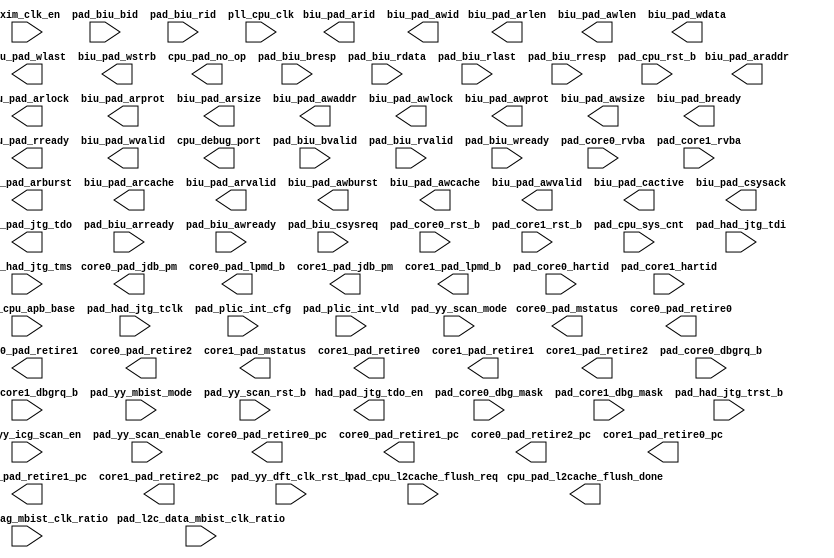
/*Copyright 2019-2021 T-Head Semiconductor Co., Ltd.

Licensed under the Apache License, Version 2.0 (the "License");
you may not use this file except in compliance with the License.
You may obtain a copy of the License at

    http://www.apache.org/licenses/LICENSE-2.0

Unless required by applicable law or agreed to in writing, software
distributed under the License is distributed on an "AS IS" BASIS,
WITHOUT WARRANTIES OR CONDITIONS OF ANY KIND, either express or implied.
See the License for the specific language governing permissions and
limitations under the License.
*/
module mp_top_golden_port(
  axim_clk_en,
  biu_pad_araddr,
  biu_pad_arburst,
  biu_pad_arcache,
  biu_pad_arid,
  biu_pad_arlen,
  biu_pad_arlock,
  biu_pad_arprot,
  biu_pad_arsize,
  biu_pad_arvalid,
  biu_pad_awaddr,
  biu_pad_awburst,
  biu_pad_awcache,
  biu_pad_awid,
  biu_pad_awlen,
  biu_pad_awlock,
  biu_pad_awprot,
  biu_pad_awsize,
  biu_pad_awvalid,
  biu_pad_bready,
  biu_pad_cactive,
  biu_pad_csysack,
  biu_pad_rready,
  biu_pad_wdata,
  biu_pad_wlast,
  biu_pad_wstrb,
  biu_pad_wvalid,
  core0_pad_jdb_pm,
  core0_pad_lpmd_b,
  core0_pad_mstatus,
  core0_pad_retire0,
  core0_pad_retire0_pc,
  core0_pad_retire1,
  core0_pad_retire1_pc,
  core0_pad_retire2,
  core0_pad_retire2_pc,
  core1_pad_jdb_pm,
  core1_pad_lpmd_b,
  core1_pad_mstatus,
  core1_pad_retire0,
  core1_pad_retire0_pc,
  core1_pad_retire1,
  core1_pad_retire1_pc,
  core1_pad_retire2,
  core1_pad_retire2_pc,
  cpu_debug_port,
  cpu_pad_l2cache_flush_done,
  cpu_pad_no_op,
  had_pad_jtg_tdo,
  had_pad_jtg_tdo_en,
  pad_biu_arready,
  pad_biu_awready,
  pad_biu_bid,
  pad_biu_bresp,
  pad_biu_bvalid,
  pad_biu_csysreq,
  pad_biu_rdata,
  pad_biu_rid,
  pad_biu_rlast,
  pad_biu_rresp,
  pad_biu_rvalid,
  pad_biu_wready,
  pad_core0_dbg_mask,
  pad_core0_dbgrq_b,
  pad_core0_hartid,
  pad_core0_rst_b,
  pad_core0_rvba,
  pad_core1_dbg_mask,
  pad_core1_dbgrq_b,
  pad_core1_hartid,
  pad_core1_rst_b,
  pad_core1_rvba,
  pad_cpu_apb_base,
  pad_cpu_l2cache_flush_req,
  pad_cpu_rst_b,
  pad_cpu_sys_cnt,
  pad_had_jtg_tclk,
  pad_had_jtg_tdi,
  pad_had_jtg_tms,
  pad_had_jtg_trst_b,
  pad_l2c_data_mbist_clk_ratio,
  pad_l2c_tag_mbist_clk_ratio,
  pad_plic_int_cfg,
  pad_plic_int_vld,
  pad_yy_dft_clk_rst_b,
  pad_yy_icg_scan_en,
  pad_yy_mbist_mode,
  pad_yy_scan_enable,
  pad_yy_scan_mode,
  pad_yy_scan_rst_b,
  pll_cpu_clk
);

// &Ports; @3
input            axim_clk_en; 
input            pad_biu_arready; 
input            pad_biu_awready; 
input   [7  :0]  pad_biu_bid; 
input   [1  :0]  pad_biu_bresp; 
input            pad_biu_bvalid; 
input            pad_biu_csysreq; 
input   [127:0]  pad_biu_rdata; 
input   [7  :0]  pad_biu_rid; 
input            pad_biu_rlast; 
input   [1  :0]  pad_biu_rresp; 
input            pad_biu_rvalid; 
input            pad_biu_wready; 
input            pad_core0_dbg_mask; 
input            pad_core0_dbgrq_b; 
input   [2  :0]  pad_core0_hartid; 
input            pad_core0_rst_b; 
input   [39 :0]  pad_core0_rvba; 
input            pad_core1_dbg_mask; 
input            pad_core1_dbgrq_b; 
input   [2  :0]  pad_core1_hartid; 
input            pad_core1_rst_b; 
input   [39 :0]  pad_core1_rvba; 
input   [39 :0]  pad_cpu_apb_base; 
input            pad_cpu_l2cache_flush_req; 
input            pad_cpu_rst_b; 
input   [63 :0]  pad_cpu_sys_cnt; 
input            pad_had_jtg_tclk; 
input            pad_had_jtg_tdi; 
input            pad_had_jtg_tms; 
input            pad_had_jtg_trst_b; 
input   [2  :0]  pad_l2c_data_mbist_clk_ratio; 
input   [2  :0]  pad_l2c_tag_mbist_clk_ratio; 
input   [143:0]  pad_plic_int_cfg; 
input   [143:0]  pad_plic_int_vld; 
input            pad_yy_dft_clk_rst_b; 
input            pad_yy_icg_scan_en; 
input            pad_yy_mbist_mode; 
input            pad_yy_scan_enable; 
input            pad_yy_scan_mode; 
input            pad_yy_scan_rst_b; 
input            pll_cpu_clk; 
output  [39 :0]  biu_pad_araddr; 
output  [1  :0]  biu_pad_arburst; 
output  [3  :0]  biu_pad_arcache; 
output  [7  :0]  biu_pad_arid; 
output  [7  :0]  biu_pad_arlen; 
output           biu_pad_arlock; 
output  [2  :0]  biu_pad_arprot; 
output  [2  :0]  biu_pad_arsize; 
output           biu_pad_arvalid; 
output  [39 :0]  biu_pad_awaddr; 
output  [1  :0]  biu_pad_awburst; 
output  [3  :0]  biu_pad_awcache; 
output  [7  :0]  biu_pad_awid; 
output  [7  :0]  biu_pad_awlen; 
output           biu_pad_awlock; 
output  [2  :0]  biu_pad_awprot; 
output  [2  :0]  biu_pad_awsize; 
output           biu_pad_awvalid; 
output           biu_pad_bready; 
output           biu_pad_cactive; 
output           biu_pad_csysack; 
output           biu_pad_rready; 
output  [127:0]  biu_pad_wdata; 
output           biu_pad_wlast; 
output  [15 :0]  biu_pad_wstrb; 
output           biu_pad_wvalid; 
output  [1  :0]  core0_pad_jdb_pm; 
output  [1  :0]  core0_pad_lpmd_b; 
output  [63 :0]  core0_pad_mstatus; 
output           core0_pad_retire0; 
output  [39 :0]  core0_pad_retire0_pc; 
output           core0_pad_retire1; 
output  [39 :0]  core0_pad_retire1_pc; 
output           core0_pad_retire2; 
output  [39 :0]  core0_pad_retire2_pc; 
output  [1  :0]  core1_pad_jdb_pm; 
output  [1  :0]  core1_pad_lpmd_b; 
output  [63 :0]  core1_pad_mstatus; 
output           core1_pad_retire0; 
output  [39 :0]  core1_pad_retire0_pc; 
output           core1_pad_retire1; 
output  [39 :0]  core1_pad_retire1_pc; 
output           core1_pad_retire2; 
output  [39 :0]  core1_pad_retire2_pc; 
output           cpu_debug_port; 
output           cpu_pad_l2cache_flush_done; 
output           cpu_pad_no_op; 
output           had_pad_jtg_tdo; 
output           had_pad_jtg_tdo_en; 


// &Force("input","pll_cpu_clk");                 @5
// &Force("input","axim_clk_en");                     @6
// &Force("input","pad_cpu_rst_b");                   @7
// &Force("input","pad_cpu_apb_base");                 &Force("bus","pad_cpu_apb_base",39,0); @8
// &Force("input","pad_cpu_sys_cnt");                  &Force("bus","pad_cpu_sys_cnt",63,0);             @9
// &Force("input", "pad_cpu_l2cache_flush_req"); @10
// &Force("output","cpu_pad_l2cache_flush_done"); @11

//AXI master IF
// &Force("input","pad_biu_arready");                 @14
// &Force("input","pad_biu_awready");                 @15
// &Force("input","pad_biu_bid");                      &Force("bus","pad_biu_bid",7,0); @16
// &Force("input","pad_biu_bresp");                    &Force("bus","pad_biu_bresp", 1,0); @17
// &Force("input","pad_biu_bvalid");                  @18
// &Force("input","pad_biu_csysreq");                 @19
// &Force("input","pad_biu_rdata");                    &Force("bus","pad_biu_rdata",127,0);                  @20
// &Force("input","pad_biu_rid");                      &Force("bus","pad_biu_rid",7,0);                  @21
// &Force("input","pad_biu_rlast");                                      @22
// &Force("input","pad_biu_rvalid");                  @23
// &Force("input","pad_biu_wready"); @24

// &Force("output", "biu_pad_araddr");                 &Force("bus","biu_pad_araddr",39,0);             @26
// &Force("output", "biu_pad_arburst");                &Force("bus","biu_pad_arburst",1,0);             @27
// &Force("output", "biu_pad_arcache");                &Force("bus","biu_pad_arcache",3,0); @28
// &Force("output", "biu_pad_arid");                   &Force("bus","biu_pad_arid",7,0); @29
// &Force("output", "biu_pad_arlen");                  &Force("bus","biu_pad_arlen",7,0); @30
// &Force("output", "biu_pad_arlock");                  @31
// &Force("output", "biu_pad_arprot");                 &Force("bus","biu_pad_arprot",2,0); @32
// &Force("output", "biu_pad_arsize");                 &Force("bus","biu_pad_arsize",2,0); @33
// &Force("output", "biu_pad_arvalid");                 @34
// &Force("output", "biu_pad_awaddr");                 &Force("bus","biu_pad_awaddr",39,0); @35
// &Force("output", "biu_pad_awburst");                &Force("bus","biu_pad_awburst",1,0); @36
// &Force("output", "biu_pad_awcache");                &Force("bus","biu_pad_awcache",3,0); @37
// &Force("output", "biu_pad_awid");                   &Force("bus","biu_pad_awid",7,0); @38
// &Force("output", "biu_pad_awlen");                  &Force("bus","biu_pad_awlen",7,0); @39
// &Force("output", "biu_pad_awlock");                  @40
// &Force("output", "biu_pad_awprot");                 &Force("bus","biu_pad_awprot",2,0); @41
// &Force("output", "biu_pad_awsize");                 &Force("bus","biu_pad_awsize",2,0); @42
// &Force("output", "biu_pad_awvalid");                 @43
// &Force("output", "biu_pad_bready");                  @44
// &Force("output", "biu_pad_cactive");                 @45
// &Force("output", "biu_pad_csysack");                 @46
// &Force("output", "biu_pad_rready");                  @47
// &Force("output", "biu_pad_wdata");                  &Force("bus","biu_pad_wdata",127,0); @48
// &Force("output", "biu_pad_wlast");                   @49
// &Force("output", "biu_pad_wstrb");                  &Force("bus","biu_pad_wstrb",15,0); @50
// &Force("output", "biu_pad_wvalid");                  @51
// &Force("input","pad_biu_rresp");                    &Force("bus","pad_biu_rresp",3,0);                  @53
// &Force("input", "pad_biu_acaddr");                  &Force("bus","pad_biu_acaddr",39,0); @54
// &Force("input", "pad_biu_acprot");                  &Force("bus","pad_biu_acprot",2,0); @55
// &Force("input", "pad_biu_acsnoop");                 &Force("bus","pad_biu_acsnoop",3,0); @56
// &Force("input", "pad_biu_acvalid"); @57
// &Force("input", "pad_biu_cdready"); @58
// &Force("input", "pad_biu_crready"); @59
// &Force("output", "biu_pad_acready"); @60
// &Force("output", "biu_pad_arbar");       &Force("bus","biu_pad_arbar",1,0); @61
// &Force("output", "biu_pad_ardomain");   &Force("bus","biu_pad_ardomain",1,0); @62
// &Force("output", "biu_pad_arsnoop");    &Force("bus","biu_pad_arsnoop",3,0); @63
// &Force("output", "biu_pad_awbar");      &Force("bus","biu_pad_awbar",1,0); @64
// &Force("output", "biu_pad_awdomain");   &Force("bus","biu_pad_awdomain",1,0); @65
// &Force("output", "biu_pad_awsnoop");    &Force("bus","biu_pad_awsnoop",2,0); @66
// &Force("output", "biu_pad_back"); @67
// &Force("output", "biu_pad_cddata");      &Force("bus","biu_pad_cddata",127,0); @68
// &Force("output", "biu_pad_cdlast");  @69
// &Force("output", "biu_pad_cdvalid");  @70
// &Force("output", "biu_pad_crresp");      &Force("bus","biu_pad_crresp",4,0); @71
// &Force("output", "biu_pad_crvalid"); @72
// &Force("output", "biu_pad_rack"); @73
// &Force("input","pad_biu_rresp");                    &Force("bus","pad_biu_rresp",1,0);                  @75
// &Force("input", "pad_biu_acaddr");                  &Force("bus","pad_biu_acaddr",39,0); @77
// &Force("input", "pad_biu_acprot");                  &Force("bus","pad_biu_acprot",2,0); @78
// &Force("input", "pad_biu_acsnoop");                 &Force("bus","pad_biu_acsnoop",3,0); @79
// &Force("input", "pad_biu_acvalid"); @80
// &Force("input", "pad_biu_cdready"); @81
// &Force("input", "pad_biu_crready"); @82
// &Force("output", "biu_pad_acready"); @83
// &Force("output", "biu_pad_arbar");       &Force("bus","biu_pad_arbar",1,0); @84
// &Force("output", "biu_pad_ardomain");   &Force("bus","biu_pad_ardomain",1,0); @85
// &Force("output", "biu_pad_arsnoop");    &Force("bus","biu_pad_arsnoop",3,0); @86
// &Force("output", "biu_pad_awbar");      &Force("bus","biu_pad_awbar",1,0); @87
// &Force("output", "biu_pad_awdomain");   &Force("bus","biu_pad_awdomain",1,0); @88
// &Force("output", "biu_pad_awsnoop");    &Force("bus","biu_pad_awsnoop",2,0); @89
// &Force("output", "biu_pad_back"); @90
// &Force("output", "biu_pad_cddata");      &Force("bus","biu_pad_cddata",127,0); @91
// &Force("output", "biu_pad_cdlast");  @92
// &Force("output", "biu_pad_cdvalid");  @93
// &Force("output", "biu_pad_crresp");      &Force("bus","biu_pad_crresp",4,0); @94
// &Force("output", "biu_pad_crvalid"); @95
// &Force("output", "biu_pad_rack"); @96
// &Force("input", "slvif_clk_en"); @101
// &Force("input", "pad_slvif_araddr");                 &Force("bus","pad_slvif_araddr",39,0); @102
// &Force("input", "pad_slvif_arburst");                &Force("bus","pad_slvif_arburst",1,0); @103
// &Force("input", "pad_slvif_arcache");                &Force("bus","pad_slvif_arcache",3,0); @104
// &Force("input", "pad_slvif_arid");                   &Force("bus","pad_slvif_arid",4,0); @105
// &Force("input", "pad_slvif_arlen");                  &Force("bus","pad_slvif_arlen",7,0); @106
// &Force("input", "pad_slvif_arlock"); @107
// &Force("input", "pad_slvif_arprot");                 &Force("bus","pad_slvif_arprot",2,0); @108
// &Force("input", "pad_slvif_arsize");                 &Force("bus","pad_slvif_arsize",2,0); @109
// &Force("input", "pad_slvif_arvalid"); @110
// &Force("input", "pad_slvif_awaddr");                 &Force("bus","pad_slvif_awaddr",39,0); @111
// &Force("input", "pad_slvif_awburst");                &Force("bus","pad_slvif_awburst",1,0); @112
// &Force("input", "pad_slvif_awcache");                &Force("bus","pad_slvif_awcache",3,0); @113
// &Force("input", "pad_slvif_awid");                   &Force("bus","pad_slvif_awid",4,0); @114
// &Force("input", "pad_slvif_awlen");                  &Force("bus","pad_slvif_awlen",7,0); @115
// &Force("input", "pad_slvif_awlock"); @116
// &Force("input", "pad_slvif_awprot");                 &Force("bus","pad_slvif_awprot",2,0); @117
// &Force("input", "pad_slvif_awsize");                 &Force("bus","pad_slvif_awsize",2,0); @118
// &Force("input", "pad_slvif_awvalid"); @119
// &Force("input", "pad_slvif_bready"); @120
// &Force("input", "pad_slvif_rready"); @121
// &Force("input", "pad_slvif_wdata");                  &Force("bus","pad_slvif_wdata",127,0); @122
// &Force("input", "pad_slvif_wlast"); @123
// &Force("input", "pad_slvif_wstrb");                  &Force("bus","pad_slvif_wstrb",15,0); @124
// &Force("input", "pad_slvif_wvalid"); @125
// &Force("output","slvif_pad_arready"); @127
// &Force("output","slvif_pad_awready"); @128
// &Force("output","slvif_pad_bid");                      &Force("bus","slvif_pad_bid",4,0); @129
// &Force("output","slvif_pad_bresp");                    &Force("bus","slvif_pad_bresp", 1,0); @130
// &Force("output","slvif_pad_bvalid"); @131
// &Force("output","slvif_pad_rdata");                    &Force("bus","slvif_pad_rdata",127,0); @132
// &Force("output","slvif_pad_rid");                      &Force("bus","slvif_pad_rid",4,0); @133
// &Force("output","slvif_pad_rlast"); @134
// &Force("output","slvif_pad_rresp");                    &Force("bus","slvif_pad_rresp",1,0); @135
// &Force("output","slvif_pad_rvalid"); @136
// &Force("output","slvif_pad_wready"); @137

//HAD
// &Force("input", "pad_had_jtg_tclk");                @141
// &Force("input", "pad_had_jtg_trst_b");              @142
// &Force("input", "pad_had_jtg_tdi");                 @143
// &Force("input", "pad_had_jtg_tms");               @144

// &Force("output", "had_pad_jtg_tdo");                 @146
// &Force("output", "had_pad_jtg_tdo_en");              @147

// &Force("input", "pad_cpu_tee_dbg_disable");  &Force("bus","pad_cpu_tee_dbg_disable",7,0); @150
// &Force("input", "pad_cpu_ree_dbg_disable");  &Force("bus","pad_cpu_ree_dbg_disable",7,0); @151

//mbist
// &Force("input", "pad_yy_mbist_mode");              @155
// &Force("input", "pad_yy_dft_clk_rst_b"); @156
// &Force("input", "pad_l2c_data_mbist_clk_ratio");    &Force("bus", "pad_l2c_data_mbist_clk_ratio",2,0); @157
// &Force("input", "pad_l2c_tag_mbist_clk_ratio");     &Force("bus", "pad_l2c_tag_mbist_clk_ratio",2,0); @158

//scan
// &Force("input", "pad_yy_icg_scan_en");            @161
// &Force("input", "pad_yy_scan_mode");                @162
// &Force("input", "pad_yy_scan_enable");                @163
// &Force("input", "pad_yy_scan_rst_b");                @164
// &Force("output", "cpu_pad_no_op");                   @165

// &Force("input","pad_plic_int_vld"); @168
// &Force("bus","pad_plic_int_vld",`PLIC_INT_NUM-1,0); @169
// &Force("input","pad_plic_int_cfg"); @170
// &Force("bus","pad_plic_int_cfg",`PLIC_INT_NUM-1,0); @171
// &Force("input","pad_cpu_mint_req"); @173
// &Force("bus","pad_cpu_mint_req",`HART_NUM-1,0); @174
// &Force("bus","pad_cpu_sint_req",`HART_NUM-1,0); @175
// &Force("input","pad_cpu_sint_req"); @176

// &Force("output", "cpu_debug_port");                   @180

// &Force("input", "pll_core0_clk"); @185
// &Force("input", "pad_core0_async_mode"); @186
// &Force("input", "pad_core0_dbgrq_b");               @188
// &Force("input", "pad_core0_rst_b");                 @191
// &Force("input", "pad_core0_rvba");                  &Force("bus","pad_core0_rvba",39,0); @192
// &Force("input", "pad_core0_hartid");                &Force("bus","pad_core0_hartid",2,0); @194
// &Force("input", "pad_core0_dbg_mask"); @195
// &Force("output", "core0_pad_jdb_pm");               &Force("bus","core0_pad_jdb_pm",1,0); @196
// &Force("output", "core0_pad_lpmd_b");               &Force("bus","core0_pad_lpmd_b",1,0); @197
// &Force("output", "core0_pad_retire0");               @198
// &Force("output", "core0_pad_retire0_pc");           &Force("bus","core0_pad_retire0_pc",39,0); @199
// &Force("output", "core0_pad_retire1");               @200
// &Force("output", "core0_pad_retire1_pc");           &Force("bus","core0_pad_retire1_pc",39,0); @201
// &Force("output", "core0_pad_retire2");               @202
// &Force("output", "core0_pad_retire2_pc");           &Force("bus","core0_pad_retire2_pc",39,0); @203
// &Force("output", "core0_pad_mstatus");              &Force("bus","core0_pad_mstatus",63,0); @204

// &Force("input", "pll_core1_clk"); @209
// &Force("input", "pad_core1_async_mode"); @210
// &Force("input", "pad_core1_dbgrq_b");               @212
// &Force("input", "pad_core1_rst_b");                 @215
// &Force("input", "pad_core1_rvba");                  &Force("bus","pad_core1_rvba",39,0); @216
// &Force("input", "pad_core1_hartid");                &Force("bus","pad_core1_hartid",2,0); @218
// &Force("input", "pad_core1_dbg_mask"); @219
// &Force("output", "core1_pad_jdb_pm");               &Force("bus","core1_pad_jdb_pm",1,0); @220
// &Force("output", "core1_pad_lpmd_b");               &Force("bus","core1_pad_lpmd_b",1,0); @221
// &Force("output", "core1_pad_retire0");               @222
// &Force("output", "core1_pad_retire0_pc");           &Force("bus","core1_pad_retire0_pc",39,0); @223
// &Force("output", "core1_pad_retire1");               @224
// &Force("output", "core1_pad_retire1_pc");           &Force("bus","core1_pad_retire1_pc",39,0); @225
// &Force("output", "core1_pad_retire2");               @226
// &Force("output", "core1_pad_retire2_pc");           &Force("bus","core1_pad_retire2_pc",39,0); @227
// &Force("output", "core1_pad_mstatus");              &Force("bus","core1_pad_mstatus",63,0); @228

// &Force("input", "pll_core2_clk"); @233
// &Force("input", "pad_core2_async_mode"); @234
// &Force("input", "pad_core2_dbgrq_b");               @236
// &Force("input", "pad_core2_rst_b");                 @239
// &Force("input", "pad_core2_rvba");                  &Force("bus","pad_core2_rvba",39,0); @240
// &Force("input", "pad_core2_hartid");                &Force("bus","pad_core2_hartid",2,0); @242
// &Force("input", "pad_core2_dbg_mask"); @243
// &Force("output", "core2_pad_jdb_pm");               &Force("bus","core2_pad_jdb_pm",1,0); @244
// &Force("output", "core2_pad_lpmd_b");               &Force("bus","core2_pad_lpmd_b",1,0); @245
// &Force("output", "core2_pad_retire0");               @246
// &Force("output", "core2_pad_retire0_pc");           &Force("bus","core2_pad_retire0_pc",39,0); @247
// &Force("output", "core2_pad_retire1");               @248
// &Force("output", "core2_pad_retire1_pc");           &Force("bus","core2_pad_retire1_pc",39,0); @249
// &Force("output", "core2_pad_retire2");               @250
// &Force("output", "core2_pad_retire2_pc");           &Force("bus","core2_pad_retire2_pc",39,0); @251
// &Force("output", "core2_pad_mstatus");              &Force("bus","core2_pad_mstatus",63,0); @252

// &Force("input", "pll_core3_clk"); @257
// &Force("input", "pad_core3_async_mode"); @258
// &Force("input", "pad_core3_dbgrq_b");               @260
// &Force("input", "pad_core3_rst_b");                 @263
// &Force("input", "pad_core3_rvba");                  &Force("bus","pad_core3_rvba",39,0); @264
// &Force("input", "pad_core3_hartid");                &Force("bus","pad_core3_hartid",2,0); @266
// &Force("input", "pad_core3_dbg_mask"); @267
// &Force("output", "core3_pad_jdb_pm");               &Force("bus","core3_pad_jdb_pm",1,0); @268
// &Force("output", "core3_pad_lpmd_b");               &Force("bus","core3_pad_lpmd_b",1,0); @269
// &Force("output", "core3_pad_retire0");               @270
// &Force("output", "core3_pad_retire0_pc");           &Force("bus","core3_pad_retire0_pc",39,0); @271
// &Force("output", "core3_pad_retire1");               @272
// &Force("output", "core3_pad_retire1_pc");           &Force("bus","core3_pad_retire1_pc",39,0); @273
// &Force("output", "core3_pad_retire2");               @274
// &Force("output", "core3_pad_retire2_pc");           &Force("bus","core3_pad_retire2_pc",39,0); @275
// &Force("output", "core3_pad_mstatus");              &Force("bus","core3_pad_mstatus",63,0); @276

// &Force("output","core0_pad_tee_violation"); @281
// &Force("output","core0_pad_par_violation"); &Force("bus","core0_pad_par_violation",4,0); @282
// &Force("output","core0_pad_tee_mode");    &Force("bus", "core0_pad_tee_mode", 7,0); @283
// &Force("output","core1_pad_tee_violation"); @286
// &Force("output","core1_pad_par_violation"); &Force("bus","core1_pad_par_violation",4,0); @287
// &Force("output","core1_pad_tee_mode");    &Force("bus", "core1_pad_tee_mode", 7,0); @288
// &Force("output","core2_pad_tee_violation"); @291
// &Force("output","core2_pad_par_violation"); &Force("bus","core2_pad_par_violation",4,0); @292
// &Force("output","core2_pad_tee_mode");    &Force("bus", "core2_pad_tee_mode", 7,0); @293
// &Force("output","core3_pad_tee_violation"); @296
// &Force("output","core3_pad_par_violation"); &Force("bus","core3_pad_par_violation",4,0); @297
// &Force("output","core3_pad_tee_mode");    &Force("bus", "core3_pad_tee_mode", 7,0); @298


// &Force("input","pad_cpu_mem_cfg_in");   &Force("bus","pad_cpu_mem_cfg_in",`MEM_CFG_IN_WIDTH-1,0); @304
// &Force("input","pad_core0_mem_cfg_in"); &Force("bus","pad_core0_mem_cfg_in",`MEM_CFG_IN_WIDTH-1,0); @306
// &Force("input","pad_core1_mem_cfg_in"); &Force("bus","pad_core1_mem_cfg_in",`MEM_CFG_IN_WIDTH-1,0); @309
// &Force("input","pad_core2_mem_cfg_in"); &Force("bus","pad_core2_mem_cfg_in",`MEM_CFG_IN_WIDTH-1,0); @312
// &Force("input","pad_core3_mem_cfg_in"); &Force("bus","pad_core3_mem_cfg_in",`MEM_CFG_IN_WIDTH-1,0); @315

// &Force("input",  "pad_cpu_sleep_in"); @320
// &Force("output", "cpu_pad_sleep_out"); @321
// &Force("input",  "pad_core0_iso_en"); @323
// &Force("input",  "pad_core0_sleep_in"); @324
// &Force("output", "core0_pad_sleep_out"); @325
// &Force("input", "pad_core1_iso_en"); @328
// &Force("input", "pad_core1_sleep_in"); @329
// &Force("output","core1_pad_sleep_out"); @330
// &Force("input", "pad_core2_iso_en"); @333
// &Force("input", "pad_core2_sleep_in"); @334
// &Force("output","core2_pad_sleep_out"); @335
// &Force("input", "pad_core3_iso_en"); @338
// &Force("input", "pad_core3_sleep_in"); @339
// &Force("output","core3_pad_sleep_out"); @340
//==============================================================================
//  FOR_VERIFICATION
//==============================================================================
// &Force("output", "biu_pad_verf_arid");              &Force("bus","biu_pad_verf_arid",10,0);  @347
// &Force("output", "biu_pad_verf_awid");              &Force("bus","biu_pad_verf_awid",10,0); @348
// &Force("output", "biu_pad_verf_wid");               &Force("bus","biu_pad_verf_wid",11,0); @349
// &Force("output", "biu_pad_verf_arsid");             &Force("bus","biu_pad_verf_arsid",6,0);  @350
// &Force("output", "biu_pad_verf_awsid");             &Force("bus","biu_pad_verf_awsid",6,0); @351
// &Force("output", "biu_pad_verf_wsid");              &Force("bus","biu_pad_verf_wsid",6,0); @352
// &Force("output", "ciu_l2c_axid_bank_0");            &Force("bus","ciu_l2c_axid_bank_0",10,0); @353
// &Force("output", "ciu_l2c_axid_bank_1");            &Force("bus","ciu_l2c_axid_bank_1",10,0); @354
// &Force("output", "ciu_l2c_verf_type_bank_0");       &Force("bus","ciu_l2c_verf_type_bank_0",1,0); @355
// &Force("output", "ciu_l2c_verf_type_bank_1");       &Force("bus","ciu_l2c_verf_type_bank_1",1,0); @356
// &Force("output", "snb0_verf_sab_pop_en");           &Force("bus","snb0_verf_sab_pop_en",23,0); @357
// &Force("output", "snb1_verf_sab_pop_en");           &Force("bus","snb1_verf_sab_pop_en",23,0); @358
// &Force("output","pad_ibiu0_ac_verf_bus");           &Force("bus","pad_ibiu0_ac_verf_bus",10,0); @360
// &Force("output", "ibiu0_pad_ref_cache_awaddr");     &Force("bus","ibiu0_pad_ref_cache_awaddr",39,0); @361
// &Force("output", "ibiu0_pad_ref_cache_awsize");     &Force("bus","ibiu0_pad_ref_cache_awsize",2,0); @362
// &Force("output", "ibiu0_pad_ref_cache_awvalid");     @363
// &Force("output", "ibiu0_pad_ref_cache_wdata");      &Force("bus","ibiu0_pad_ref_cache_wdata",127,0); @364
// &Force("output", "ibiu0_pad_ref_cache_wstrb");      &Force("bus","ibiu0_pad_ref_cache_wstrb",15,0); @365
// &Force("output", "ibiu0_pad_ref_pfu_ar_sel");     @366
// &Force("output","pad_ibiu1_ac_verf_bus");           &Force("bus","pad_ibiu1_ac_verf_bus",10,0); @369
// &Force("output", "ibiu1_pad_ref_cache_awaddr");     &Force("bus","ibiu1_pad_ref_cache_awaddr",39,0); @370
// &Force("output", "ibiu1_pad_ref_cache_awsize");     &Force("bus","ibiu1_pad_ref_cache_awsize",2,0); @371
// &Force("output", "ibiu1_pad_ref_cache_awvalid");  @372
// &Force("output", "ibiu1_pad_ref_cache_wdata");      &Force("bus","ibiu1_pad_ref_cache_wdata",127,0); @373
// &Force("output", "ibiu1_pad_ref_cache_wstrb");      &Force("bus","ibiu1_pad_ref_cache_wstrb",15,0); @374
// &Force("output", "ibiu1_pad_ref_pfu_ar_sel");      @375
// &Force("output","pad_ibiu2_ac_verf_bus");           &Force("bus","pad_ibiu2_ac_verf_bus",10,0); @378
// &Force("output", "ibiu2_pad_ref_cache_awaddr");     &Force("bus","ibiu2_pad_ref_cache_awaddr",39,0); @379
// &Force("output", "ibiu2_pad_ref_cache_awsize");     &Force("bus","ibiu2_pad_ref_cache_awsize",2,0); @380
// &Force("output", "ibiu2_pad_ref_cache_awvalid"); @381
// &Force("output", "ibiu2_pad_ref_cache_wdata");      &Force("bus","ibiu2_pad_ref_cache_wdata",127,0); @382
// &Force("output", "ibiu2_pad_ref_cache_wstrb");      &Force("bus","ibiu2_pad_ref_cache_wstrb",15,0); @383
// &Force("output", "ibiu2_pad_ref_pfu_ar_sel");       @384
// &Force("output","pad_ibiu3_ac_verf_bus");           &Force("bus","pad_ibiu3_ac_verf_bus",10,0); @387
// &Force("output", "ibiu3_pad_ref_cache_awaddr");     &Force("bus","ibiu3_pad_ref_cache_awaddr",39,0); @388
// &Force("output", "ibiu3_pad_ref_cache_awsize");     &Force("bus","ibiu3_pad_ref_cache_awsize",2,0); @389
// &Force("output", "ibiu3_pad_ref_cache_awvalid");  @390
// &Force("output", "ibiu3_pad_ref_cache_wdata");      &Force("bus","ibiu3_pad_ref_cache_wdata",127,0); @391
// &Force("output", "ibiu3_pad_ref_cache_wstrb");      &Force("bus","ibiu3_pad_ref_cache_wstrb",15,0); @392
// &Force("output", "ibiu3_pad_ref_pfu_ar_sel");        @393



//for ISA
// &Force("output", "core0_pad_dispatch_info"); @402
// &Force("output", "core0_pad_dispatch0_info");       &Force("bus","core0_pad_dispatch0_info",78,0); @403
// &Force("output", "core0_pad_dispatch1_info");       &Force("bus","core0_pad_dispatch1_info",78,0); @404
// &Force("output", "core0_pad_dispatch2_info");       &Force("bus","core0_pad_dispatch2_info",78,0); @405
// &Force("output", "core0_pad_dispatch3_info");       &Force("bus","core0_pad_dispatch3_info",78,0); @406
// &Force("output", "core0_pad_flush");                 @407
// &Force("output", "core0_pad_retire0_iid");          &Force("bus","core0_pad_retire0_iid",6,0); @408
// &Force("output", "core0_pad_retire1_iid");          &Force("bus","core0_pad_retire1_iid",6,0); @409
// &Force("output", "core0_pad_retire2_iid");          &Force("bus","core0_pad_retire2_iid",6,0); @410
// &Force("output", "core0_pad_wb0_vld");               @411
// &Force("output", "core0_pad_wb0_preg");             &Force("bus","core0_pad_wb0_preg",6,0); @412
// &Force("output", "core0_pad_wb0_data");             &Force("bus","core0_pad_wb0_data",63,0); @413
// &Force("output", "core0_pad_wb0_freg_vld");             @414
// &Force("output", "core0_pad_wb0_freg");             &Force("bus","core0_pad_wb0_freg",6,0); @415
// &Force("output", "core0_pad_wb0_fdata");            &Force("bus","core0_pad_wb0_fdata",63,0); @416
// &Force("output", "core0_pad_wb0_vreg_vld");             @417
// &Force("output", "core0_pad_wb0_vreg");             &Force("bus","core0_pad_wb0_vreg",6,0); @418
// &Force("output", "core0_pad_wb0_vdata");            &Force("bus","core0_pad_wb0_vdata",127,0); @419
// &Force("output", "core0_pad_wb0_ereg_vld");             @420
// &Force("output", "core0_pad_wb0_ereg");             &Force("bus","core0_pad_wb0_ereg",4,0); @421
// &Force("output", "core0_pad_wb0_edata");            &Force("bus","core0_pad_wb0_edata",5,0); @422
// &Force("output", "core0_pad_wb1_vld"); @423
// &Force("output", "core0_pad_wb1_preg");             &Force("bus","core0_pad_wb1_preg",6,0); @424
// &Force("output", "core0_pad_wb1_data");             &Force("bus","core0_pad_wb1_data",63,0); @425
// &Force("output", "core0_pad_wb1_freg_vld");             @426
// &Force("output", "core0_pad_wb1_freg");             &Force("bus","core0_pad_wb1_freg",6,0); @427
// &Force("output", "core0_pad_wb1_fdata");            &Force("bus","core0_pad_wb1_fdata",63,0); @428
// &Force("output", "core0_pad_wb1_vreg_vld");             @429
// &Force("output", "core0_pad_wb1_vreg");             &Force("bus","core0_pad_wb1_vreg",6,0); @430
// &Force("output", "core0_pad_wb1_vdata");            &Force("bus","core0_pad_wb1_vdata",127,0); @431
// &Force("output", "core0_pad_wb1_ereg_vld"); @432
// &Force("output", "core0_pad_wb1_ereg");             &Force("bus","core0_pad_wb1_ereg",4,0); @433
// &Force("output", "core0_pad_wb1_edata");            &Force("bus","core0_pad_wb1_edata",5,0); @434
// &Force("output", "core0_pad_wb2_vld"); @435
// &Force("output", "core0_pad_wb2_preg");             &Force("bus","core0_pad_wb2_preg",6,0); @436
// &Force("output", "core0_pad_wb2_data");             &Force("bus","core0_pad_wb2_data",63,0); @437
// &Force("output", "core0_pad_wb2_freg_vld");             @438
// &Force("output", "core0_pad_wb2_freg");             &Force("bus","core0_pad_wb2_freg",6,0); @439
// &Force("output", "core0_pad_wb2_fdata");            &Force("bus","core0_pad_wb2_fdata",63,0); @440
// &Force("output", "core0_pad_wb2_vreg_vld");             @441
// &Force("output", "core0_pad_wb2_vreg");             &Force("bus","core0_pad_wb2_vreg",6,0); @442
// &Force("output", "core0_pad_wb2_vdata");            &Force("bus","core0_pad_wb2_vdata",127,0); @443
// &Force("output", "core1_pad_dispatch_info"); @446
// &Force("output", "core1_pad_dispatch0_info");       &Force("bus","core1_pad_dispatch0_info",78,0); @447
// &Force("output", "core1_pad_dispatch1_info");       &Force("bus","core1_pad_dispatch1_info",78,0); @448
// &Force("output", "core1_pad_dispatch2_info");       &Force("bus","core1_pad_dispatch2_info",78,0); @449
// &Force("output", "core1_pad_dispatch3_info");       &Force("bus","core1_pad_dispatch3_info",78,0); @450
// &Force("output", "core1_pad_flush");                 @451
// &Force("output", "core1_pad_retire0_iid");          &Force("bus","core1_pad_retire0_iid",6,0); @452
// &Force("output", "core1_pad_retire1_iid");          &Force("bus","core1_pad_retire1_iid",6,0); @453
// &Force("output", "core1_pad_retire2_iid");          &Force("bus","core1_pad_retire2_iid",6,0); @454
// &Force("output", "core1_pad_wb0_vld");               @455
// &Force("output", "core1_pad_wb0_preg");             &Force("bus","core1_pad_wb0_preg",6,0); @456
// &Force("output", "core1_pad_wb0_data");             &Force("bus","core1_pad_wb0_data",63,0); @457
// &Force("output", "core1_pad_wb0_freg_vld");             @458
// &Force("output", "core1_pad_wb0_freg");             &Force("bus","core1_pad_wb0_freg",6,0); @459
// &Force("output", "core1_pad_wb0_fdata");            &Force("bus","core1_pad_wb0_fdata",63,0); @460
// &Force("output", "core1_pad_wb0_vreg_vld");             @461
// &Force("output", "core1_pad_wb0_vreg");             &Force("bus","core1_pad_wb0_vreg",6,0); @462
// &Force("output", "core1_pad_wb0_vdata");            &Force("bus","core1_pad_wb0_vdata",127,0); @463
// &Force("output", "core1_pad_wb0_ereg_vld");             @464
// &Force("output", "core1_pad_wb0_ereg");             &Force("bus","core1_pad_wb0_ereg",4,0); @465
// &Force("output", "core1_pad_wb0_edata");            &Force("bus","core1_pad_wb0_edata",5,0); @466
// &Force("output", "core1_pad_wb1_vld"); @467
// &Force("output", "core1_pad_wb1_preg");             &Force("bus","core1_pad_wb1_preg",6,0); @468
// &Force("output", "core1_pad_wb1_data");             &Force("bus","core1_pad_wb1_data",63,0); @469
// &Force("output", "core1_pad_wb1_freg_vld");             @470
// &Force("output", "core1_pad_wb1_freg");             &Force("bus","core1_pad_wb1_freg",6,0); @471
// &Force("output", "core1_pad_wb1_fdata");            &Force("bus","core1_pad_wb1_fdata",63,0); @472
// &Force("output", "core1_pad_wb1_vreg_vld");             @473
// &Force("output", "core1_pad_wb1_vreg");             &Force("bus","core1_pad_wb1_vreg",6,0); @474
// &Force("output", "core1_pad_wb1_vdata");            &Force("bus","core1_pad_wb1_vdata",127,0); @475
// &Force("output", "core1_pad_wb1_ereg_vld"); @476
// &Force("output", "core1_pad_wb1_ereg");             &Force("bus","core1_pad_wb1_ereg",4,0); @477
// &Force("output", "core1_pad_wb1_edata");            &Force("bus","core1_pad_wb1_edata",5,0); @478
// &Force("output", "core1_pad_wb2_vld"); @479
// &Force("output", "core1_pad_wb2_preg");             &Force("bus","core1_pad_wb2_preg",6,0); @480
// &Force("output", "core1_pad_wb2_data");             &Force("bus","core1_pad_wb2_data",63,0); @481
// &Force("output", "core1_pad_wb2_freg_vld");             @482
// &Force("output", "core1_pad_wb2_freg");             &Force("bus","core1_pad_wb2_freg",6,0); @483
// &Force("output", "core1_pad_wb2_fdata");            &Force("bus","core1_pad_wb2_fdata",63,0); @484
// &Force("output", "core1_pad_wb2_vreg_vld");             @485
// &Force("output", "core1_pad_wb2_vreg");             &Force("bus","core1_pad_wb2_vreg",6,0); @486
// &Force("output", "core1_pad_wb2_vdata");            &Force("bus","core1_pad_wb2_vdata",127,0); @487
// &Force("output", "core2_pad_dispatch_info"); @490
// &Force("output", "core2_pad_dispatch0_info");       &Force("bus","core2_pad_dispatch0_info",78,0); @491
// &Force("output", "core2_pad_dispatch1_info");       &Force("bus","core2_pad_dispatch1_info",78,0); @492
// &Force("output", "core2_pad_dispatch2_info");       &Force("bus","core2_pad_dispatch2_info",78,0); @493
// &Force("output", "core2_pad_dispatch3_info");       &Force("bus","core2_pad_dispatch3_info",78,0); @494
// &Force("output", "core2_pad_flush");                 @495
// &Force("output", "core2_pad_retire0_iid");          &Force("bus","core2_pad_retire0_iid",6,0); @496
// &Force("output", "core2_pad_retire1_iid");          &Force("bus","core2_pad_retire1_iid",6,0); @497
// &Force("output", "core2_pad_retire2_iid");          &Force("bus","core2_pad_retire2_iid",6,0); @498
// &Force("output", "core2_pad_wb0_vld");               @499
// &Force("output", "core2_pad_wb0_preg");             &Force("bus","core2_pad_wb0_preg",6,0); @500
// &Force("output", "core2_pad_wb0_data");             &Force("bus","core2_pad_wb0_data",63,0); @501
// &Force("output", "core2_pad_wb0_freg_vld");             @502
// &Force("output", "core2_pad_wb0_freg");             &Force("bus","core2_pad_wb0_freg",6,0); @503
// &Force("output", "core2_pad_wb0_fdata");            &Force("bus","core2_pad_wb0_fdata",63,0); @504
// &Force("output", "core2_pad_wb0_vreg_vld");             @505
// &Force("output", "core2_pad_wb0_vreg");             &Force("bus","core2_pad_wb0_vreg",6,0); @506
// &Force("output", "core2_pad_wb0_vdata");            &Force("bus","core2_pad_wb0_vdata",127,0); @507
// &Force("output", "core2_pad_wb0_ereg_vld");             @508
// &Force("output", "core2_pad_wb0_ereg");             &Force("bus","core2_pad_wb0_ereg",4,0); @509
// &Force("output", "core2_pad_wb0_edata");            &Force("bus","core2_pad_wb0_edata",5,0); @510
// &Force("output", "core2_pad_wb1_vld"); @511
// &Force("output", "core2_pad_wb1_preg");             &Force("bus","core2_pad_wb1_preg",6,0); @512
// &Force("output", "core2_pad_wb1_data");             &Force("bus","core2_pad_wb1_data",63,0); @513
// &Force("output", "core2_pad_wb1_freg_vld");             @514
// &Force("output", "core2_pad_wb1_freg");             &Force("bus","core2_pad_wb1_freg",6,0); @515
// &Force("output", "core2_pad_wb1_fdata");            &Force("bus","core2_pad_wb1_fdata",63,0); @516
// &Force("output", "core2_pad_wb1_vreg_vld");             @517
// &Force("output", "core2_pad_wb1_vreg");             &Force("bus","core2_pad_wb1_vreg",6,0); @518
// &Force("output", "core2_pad_wb1_vdata");            &Force("bus","core2_pad_wb1_vdata",127,0); @519
// &Force("output", "core2_pad_wb1_ereg_vld"); @520
// &Force("output", "core2_pad_wb1_ereg");             &Force("bus","core2_pad_wb1_ereg",4,0); @521
// &Force("output", "core2_pad_wb1_edata");            &Force("bus","core2_pad_wb1_edata",5,0); @522
// &Force("output", "core2_pad_wb2_vld"); @523
// &Force("output", "core2_pad_wb2_preg");             &Force("bus","core2_pad_wb2_preg",6,0); @524
// &Force("output", "core2_pad_wb2_data");             &Force("bus","core2_pad_wb2_data",63,0); @525
// &Force("output", "core2_pad_wb2_freg_vld");             @526
// &Force("output", "core2_pad_wb2_freg");             &Force("bus","core2_pad_wb2_freg",6,0); @527
// &Force("output", "core2_pad_wb2_fdata");            &Force("bus","core2_pad_wb2_fdata",63,0); @528
// &Force("output", "core2_pad_wb2_vreg_vld");             @529
// &Force("output", "core2_pad_wb2_vreg");             &Force("bus","core2_pad_wb2_vreg",6,0); @530
// &Force("output", "core2_pad_wb2_vdata");            &Force("bus","core2_pad_wb2_vdata",127,0); @531
// &Force("output", "core3_pad_dispatch_info"); @534
// &Force("output", "core3_pad_dispatch0_info");       &Force("bus","core3_pad_dispatch0_info",78,0); @535
// &Force("output", "core3_pad_dispatch1_info");       &Force("bus","core3_pad_dispatch1_info",78,0); @536
// &Force("output", "core3_pad_dispatch2_info");       &Force("bus","core3_pad_dispatch2_info",78,0); @537
// &Force("output", "core3_pad_dispatch3_info");       &Force("bus","core3_pad_dispatch3_info",78,0); @538
// &Force("output", "core3_pad_flush");                 @539
// &Force("output", "core3_pad_retire0_iid");          &Force("bus","core3_pad_retire0_iid",6,0); @540
// &Force("output", "core3_pad_retire1_iid");          &Force("bus","core3_pad_retire1_iid",6,0); @541
// &Force("output", "core3_pad_retire2_iid");          &Force("bus","core3_pad_retire2_iid",6,0); @542
// &Force("output", "core3_pad_wb0_vld");               @543
// &Force("output", "core3_pad_wb0_preg");             &Force("bus","core3_pad_wb0_preg",6,0); @544
// &Force("output", "core3_pad_wb0_data");             &Force("bus","core3_pad_wb0_data",63,0); @545
// &Force("output", "core3_pad_wb0_freg_vld");             @546
// &Force("output", "core3_pad_wb0_freg");             &Force("bus","core3_pad_wb0_freg",6,0); @547
// &Force("output", "core3_pad_wb0_fdata");            &Force("bus","core3_pad_wb0_fdata",63,0); @548
// &Force("output", "core3_pad_wb0_vreg_vld");             @549
// &Force("output", "core3_pad_wb0_vreg");             &Force("bus","core3_pad_wb0_vreg",6,0); @550
// &Force("output", "core3_pad_wb0_vdata");            &Force("bus","core3_pad_wb0_vdata",127,0); @551
// &Force("output", "core3_pad_wb0_ereg_vld");             @552
// &Force("output", "core3_pad_wb0_ereg");             &Force("bus","core3_pad_wb0_ereg",4,0); @553
// &Force("output", "core3_pad_wb0_edata");            &Force("bus","core3_pad_wb0_edata",5,0); @554
// &Force("output", "core3_pad_wb1_vld"); @555
// &Force("output", "core3_pad_wb1_preg");             &Force("bus","core3_pad_wb1_preg",6,0); @556
// &Force("output", "core3_pad_wb1_data");             &Force("bus","core3_pad_wb1_data",63,0); @557
// &Force("output", "core3_pad_wb1_freg_vld");             @558
// &Force("output", "core3_pad_wb1_freg");             &Force("bus","core3_pad_wb1_freg",6,0); @559
// &Force("output", "core3_pad_wb1_fdata");            &Force("bus","core3_pad_wb1_fdata",63,0); @560
// &Force("output", "core3_pad_wb1_vreg_vld");             @561
// &Force("output", "core3_pad_wb1_vreg");             &Force("bus","core3_pad_wb1_vreg",6,0); @562
// &Force("output", "core3_pad_wb1_vdata");            &Force("bus","core3_pad_wb1_vdata",127,0); @563
// &Force("output", "core3_pad_wb1_ereg_vld"); @564
// &Force("output", "core3_pad_wb1_ereg");             &Force("bus","core3_pad_wb1_ereg",4,0); @565
// &Force("output", "core3_pad_wb1_edata");            &Force("bus","core3_pad_wb1_edata",5,0); @566
// &Force("output", "core3_pad_wb2_vld"); @567
// &Force("output", "core3_pad_wb2_preg");             &Force("bus","core3_pad_wb2_preg",6,0); @568
// &Force("output", "core3_pad_wb2_data");             &Force("bus","core3_pad_wb2_data",63,0); @569
// &Force("output", "core3_pad_wb2_freg_vld");             @570
// &Force("output", "core3_pad_wb2_freg");             &Force("bus","core3_pad_wb2_freg",6,0); @571
// &Force("output", "core3_pad_wb2_fdata");            &Force("bus","core3_pad_wb2_fdata",63,0); @572
// &Force("output", "core3_pad_wb2_vreg_vld");             @573
// &Force("output", "core3_pad_wb2_vreg");             &Force("bus","core3_pad_wb2_vreg",6,0); @574
// &Force("output", "core3_pad_wb2_vdata");            &Force("bus","core3_pad_wb2_vdata",127,0); @575
// &ModuleEnd; @578
endmodule